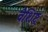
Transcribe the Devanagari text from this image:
वैशिष्ट्र